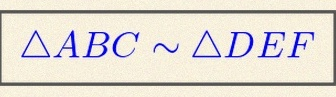
\triangle ABC\sim\triangle DEF